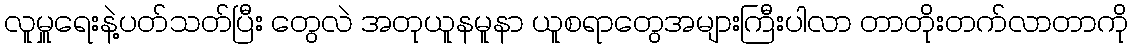
လူမှူရေးနဲ့ပတ်သတ်ပြီး တွေလဲ အတုယူနမူနာ ယူစရာတွေအများကြီးပါလာ တာတိုးတက်လာတာကို